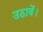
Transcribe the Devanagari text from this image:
उठावें।